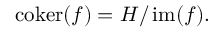
\operatorname { c o k e r } ( f ) = H / \operatorname { i m } ( f ) .